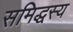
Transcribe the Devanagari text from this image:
समिद्धस्य